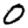
Digit: 0